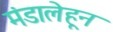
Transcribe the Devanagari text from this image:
मंडालेहून